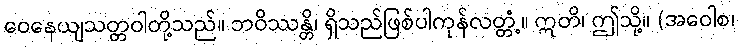
ဝေနေယျသတ္တဝါတို့သည်။ ဘဝိဿန္တိ၊ ရှိသည်ဖြစ်ပါကုန်လတ္တံ့။ ဣတိ၊ ဤသို့။ (အဝေါစ၊